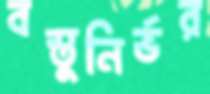
বস্তুনির্ভর